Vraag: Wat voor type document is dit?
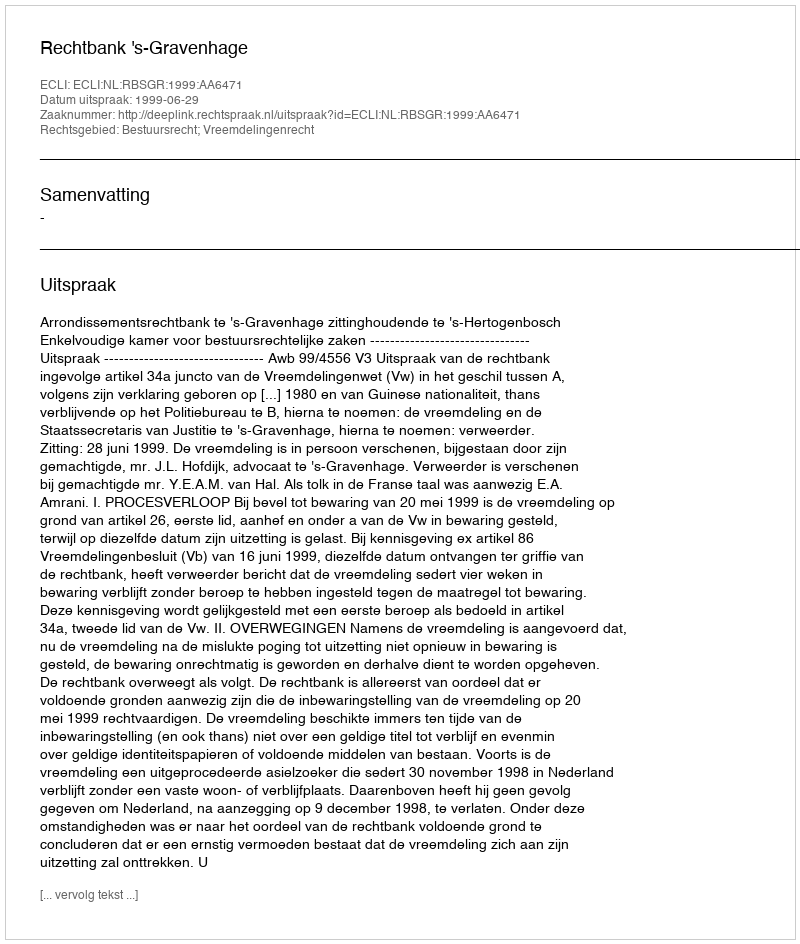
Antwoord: Uitspraak